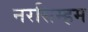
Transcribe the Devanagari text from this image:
नरसिम्हम